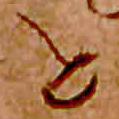
と